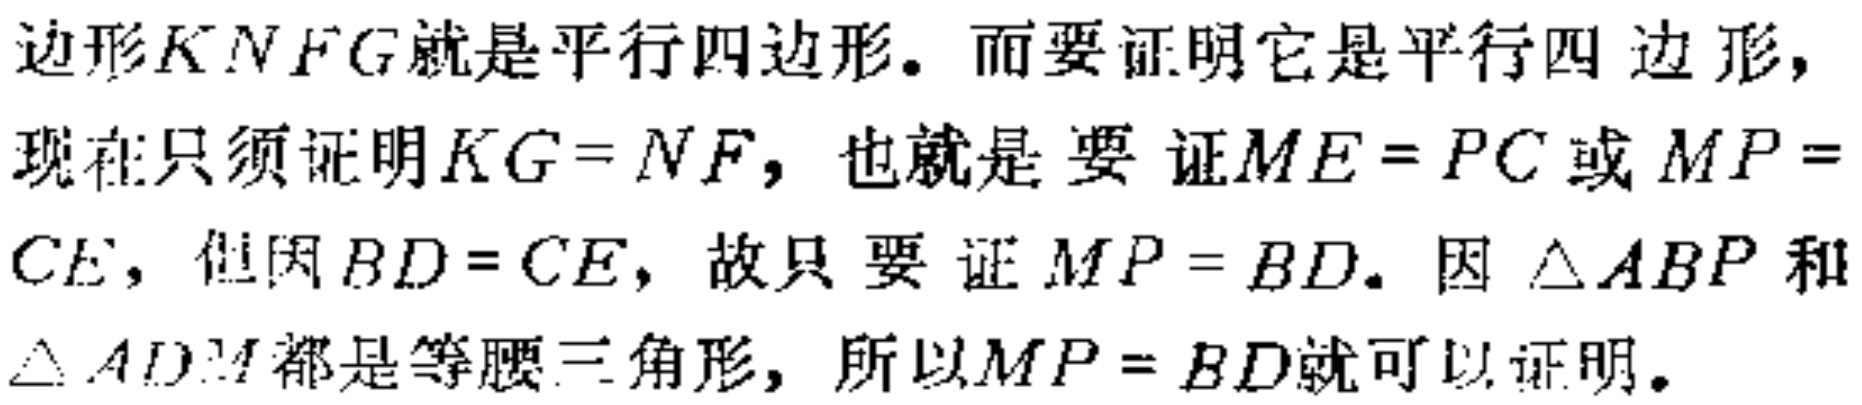
边形\(KNFG\)就是平行四边形。而要证明它是平行四边形，现在只须证明\(KG = NF\)，也就是要证\(ME = PC\)或\(MP = CE\)，但因\(BD = CE\)，故只要证\(MP = BD\)。因\(\triangle ABP\)和\(\triangle ADM\)都是等腰三角形，所以\(MP = BD\)就可以证明。